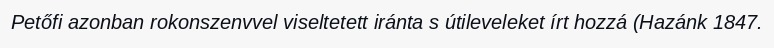
Petőfi azonban rokonszenvvel viseltetett iránta s útileveleket írt hozzá (Hazánk 1847.